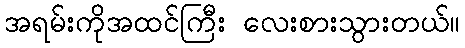
အရမ်းကိုအထင်ကြီး လေးစားသွားတယ်။